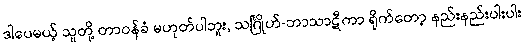
ဒါပေမယ့် သူတို့ တာဝန်ခံ မဟုတ်ပါဘူး, သင်္ဂြိုဟ်-ဘာသာဋီကာ ရိုက်တော့ နည်းနည်းပါးပါး